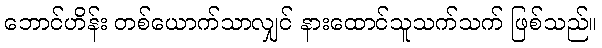
ဘောင်ဟိန်း တစ်ယောက်သာလျှင် နားထောင်သူသက်သက် ဖြစ်သည်။